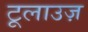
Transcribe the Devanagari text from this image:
टूलाउज़